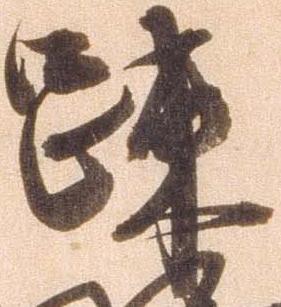
疎